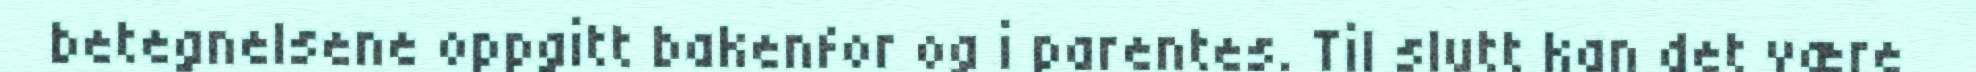
betegnelsene oppgitt bakenfor og i parentes. Til slutt kan det være